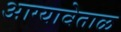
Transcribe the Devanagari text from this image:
आग्यावेताळ